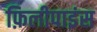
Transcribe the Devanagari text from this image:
फ़िलीपाइंस